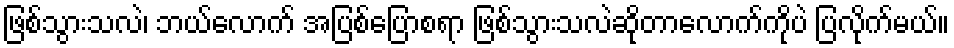
ဖြစ်သွားသလဲ၊ ဘယ်လောက် အပြစ်ပြောစရာ ဖြစ်သွားသလဲဆိုတာလောက်ကိုပဲ ပြလိုက်မယ်။